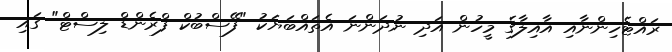
ރައްޓެހިންނާއި އާއިލާގެ މީހުން އަދި ނުދަންނަ އެތައްބަޔަކު "ފޭސްބުކް ފްރެންޑް ލިސްޓް" ގައި